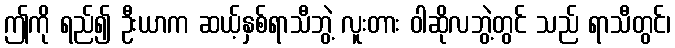
ဤကို ရည်၍ ဦးယာက ဆယ့်နှစ်ရာသီဘွဲ့ လူးတား ဝါဆိုလဘွဲ့တွင် သည် ရာသီတွင်၊